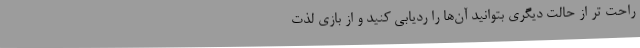
راحت تر از حالت دیگری بتوانید آن‌ها را ردیابی کنید و از بازی لذت